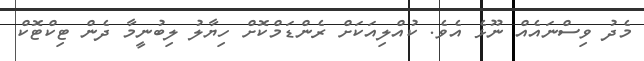
މެދު ވިސްނައެއް ނޫޅެ އެވެ. ކުއްލިއަކަށް ރެންޑަމްކޮށް ހިޔާލު ލިބުނީމާ ދެން ޓިކްޓޮކް